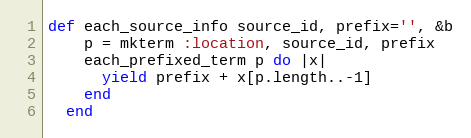
Language: Ruby
def each_source_info source_id, prefix='', &b
    p = mkterm :location, source_id, prefix
    each_prefixed_term p do |x|
      yield prefix + x[p.length..-1]
    end
  end